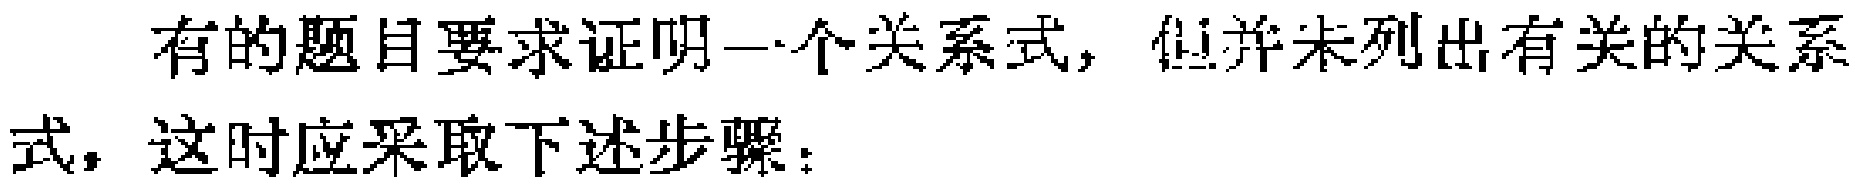
有的题目要求证明一个关系式，但并未列出有关的关系式，这时应采取下述步骤：